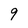
Character: 9